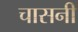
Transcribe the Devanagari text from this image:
चासनी